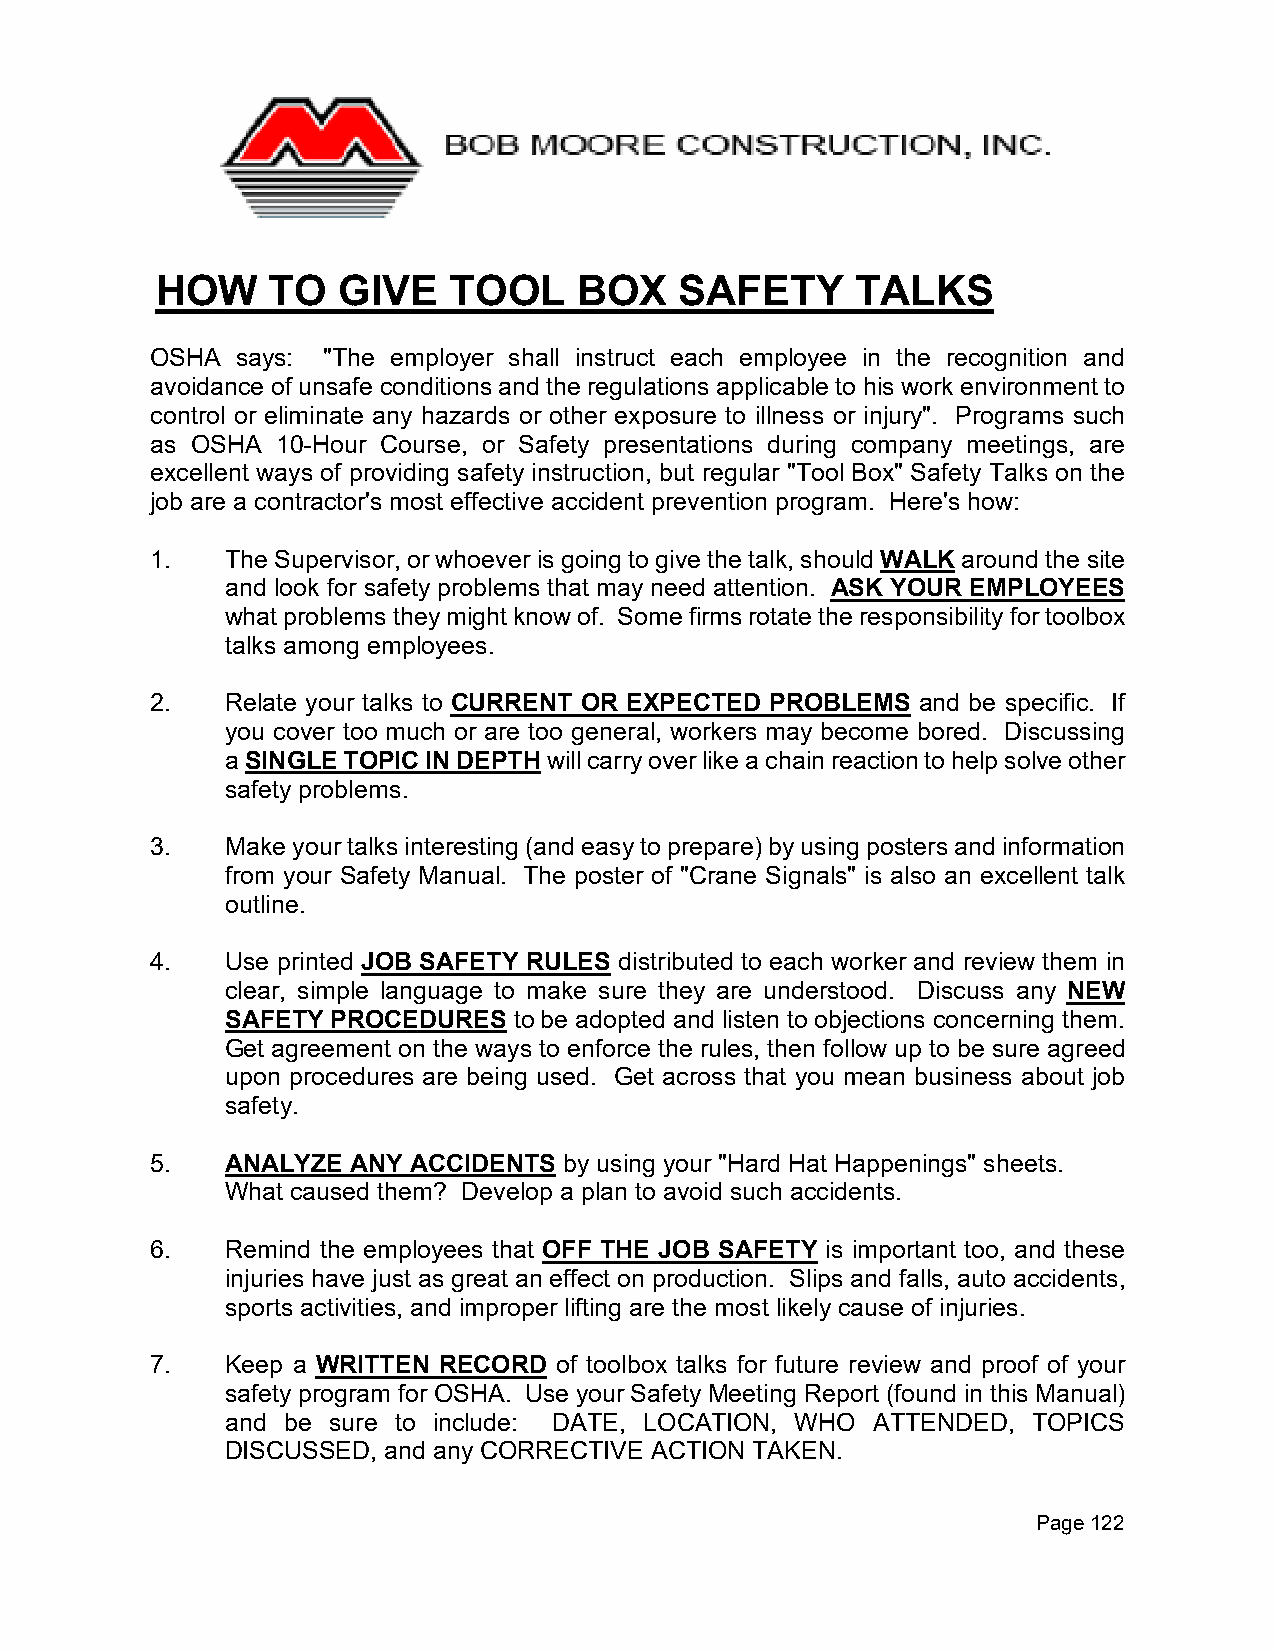
HOW     TO  GIVE    TOOL    BOX    SAFETY      TALKS
 OSHA  says: "The employer shall instruct each employee in the recognition and
 avoidance of unsafe conditions and the regulations applicable to his work environment to
 control or eliminate any hazards or other exposure to illness or injury". Programs such
 as OSHA 10-Hour Course, or Safety presentations during company meetings, are
 excellent ways of providing safety instruction, but regular "Tool Box" Safety Talks on the
 job are a contractor's most effective accident prevention program. Here's how:
 1.   The Supervisor, or whoever is going to give the talk, should WALK around the site
 and look for safety problems that may need attention. ASK YOUR EMPLOYEES
 what problems they might know of. Some firms rotate the responsibility for toolbox
 talks among employees.
 2.   Relate your talks to CURRENT OR EXPECTED PROBLEMS and be specific. If
 you cover too much or are too general, workers may become bored. Discussing
 a SINGLE TOPIC IN DEPTH will carry over like a chain reaction to help solve other
 safety problems.
 3.   Make your talks interesting (and easy to prepare) by using posters and information
 from your Safety Manual. The poster of "Crane Signals" is also an excellent talk
 outline.
 4.   Use printed JOB SAFETY RULES distributed to each worker and review them in
 clear, simple language to make sure they are understood. Discuss any NEW
 SAFETY PROCEDURES  to be adopted and listen to objections concerning them.
 Get agreement on the ways to enforce the rules, then follow up to be sure agreed
 upon procedures are being used. Get across that you mean business about job
 safety.
 5.   ANALYZE ANY ACCIDENTS by using your "Hard Hat Happenings" sheets.
 What caused them? Develop a plan to avoid such accidents.
 6.   Remind the employees that OFF THE JOB SAFETY is important too, and these
 injuries have just as great an effect on production. Slips and falls, auto accidents,
 sports activities, and improper lifting are the most likely cause of injuries.
 7.   Keep a WRITTEN RECORD of toolbox talks for future review and proof of your
 safety program for OSHA. Use your Safety Meeting Report (found in this Manual)
 and be sure to include: DATE, LOCATION, WHO ATTENDED, TOPICS
 DISCUSSED, and any CORRECTIVE ACTION TAKEN.
 Page 122